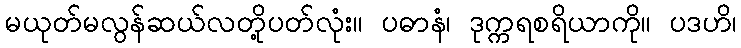
မယုတ်မလွန်ဆယ်လတို့ပတ်လုံး။ ပဓာနံ၊ ဒုက္ကရစရိယာကို။ ပဒဟိ၊